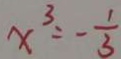
x ^ { 3 } = - \frac { 1 } { 3 }